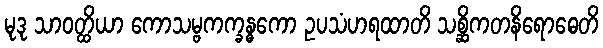
မုဒု သာဝတ္ထိယာ ကောသမ္ဗကက္ခန္ဓကော ဥပသံဟရထာတိ သစ္ဆိကတနိရောဓေတိ